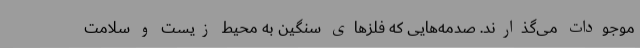
موجودات می‌گذارند. صدمه‌هایی که فلزهای سنگین به محیط زیست و سلامت